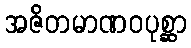
အဇိတမာဏဝပုစ္ဆာ